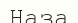
Наза